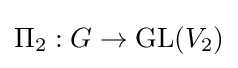
\Pi _{2}:G\to \operatorname {GL} (V_{2})